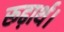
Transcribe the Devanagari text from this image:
रूढ़ार्थ।